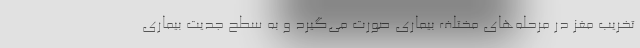
تخریب مغز در مرحله‌های مختلف بیماری صورت می‌گیرد و به سطح جدیت بیماری